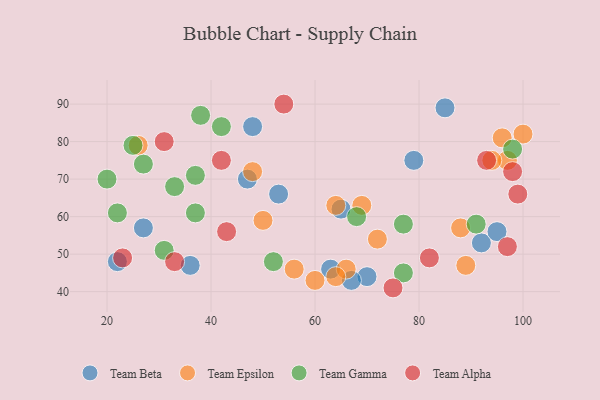
{"axis": {"x": "GDP", "y": "Life Expectancy"}, "legend": ["Team Alpha", "Team Beta", "Team Epsilon", "Team Gamma"], "data": [{"x": "70", "y": 44, "type": "Team Beta"}, {"x": "22", "y": 48, "type": "Team Beta"}, {"x": "92", "y": 53, "type": "Team Beta"}, {"x": "48", "y": 84, "type": "Team Beta"}, {"x": "63", "y": 46, "type": "Team Beta"}, {"x": "53", "y": 66, "type": "Team Beta"}, {"x": "47", "y": 70, "type": "Team Beta"}, {"x": "85", "y": 89, "type": "Team Beta"}, {"x": "27", "y": 57, "type": "Team Beta"}, {"x": "36", "y": 47, "type": "Team Beta"}, {"x": "65", "y": 62, "type": "Team Beta"}, {"x": "67", "y": 43, "type": "Team Beta"}, {"x": "79", "y": 75, "type": "Team Beta"}, {"x": "95", "y": 56, "type": "Team Beta"}, {"x": "26", "y": 79, "type": "Team Epsilon"}, {"x": "60", "y": 43, "type": "Team Epsilon"}, {"x": "64", "y": 63, "type": "Team Epsilon"}, {"x": "100", "y": 82, "type": "Team Epsilon"}, {"x": "88", "y": 57, "type": "Team Epsilon"}, {"x": "50", "y": 59, "type": "Team Epsilon"}, {"x": "97", "y": 75, "type": "Team Epsilon"}, {"x": "66", "y": 46, "type": "Team Epsilon"}, {"x": "94", "y": 75, "type": "Team Epsilon"}, {"x": "64", "y": 44, "type": "Team Epsilon"}, {"x": "72", "y": 54, "type": "Team Epsilon"}, {"x": "69", "y": 63, "type": "Team Epsilon"}, {"x": "89", "y": 47, "type": "Team Epsilon"}, {"x": "56", "y": 46, "type": "Team Epsilon"}, {"x": "96", "y": 81, "type": "Team Epsilon"}, {"x": "48", "y": 72, "type": "Team Epsilon"}, {"x": "37", "y": 61, "type": "Team Gamma"}, {"x": "91", "y": 58, "type": "Team Gamma"}, {"x": "37", "y": 71, "type": "Team Gamma"}, {"x": "31", "y": 51, "type": "Team Gamma"}, {"x": "20", "y": 70, "type": "Team Gamma"}, {"x": "52", "y": 48, "type": "Team Gamma"}, {"x": "68", "y": 60, "type": "Team Gamma"}, {"x": "42", "y": 84, "type": "Team Gamma"}, {"x": "77", "y": 45, "type": "Team Gamma"}, {"x": "77", "y": 58, "type": "Team Gamma"}, {"x": "25", "y": 79, "type": "Team Gamma"}, {"x": "98", "y": 78, "type": "Team Gamma"}, {"x": "27", "y": 74, "type": "Team Gamma"}, {"x": "38", "y": 87, "type": "Team Gamma"}, {"x": "22", "y": 61, "type": "Team Gamma"}, {"x": "33", "y": 68, "type": "Team Gamma"}, {"x": "93", "y": 75, "type": "Team Alpha"}, {"x": "97", "y": 52, "type": "Team Alpha"}, {"x": "42", "y": 75, "type": "Team Alpha"}, {"x": "31", "y": 80, "type": "Team Alpha"}, {"x": "43", "y": 56, "type": "Team Alpha"}, {"x": "98", "y": 72, "type": "Team Alpha"}, {"x": "75", "y": 41, "type": "Team Alpha"}, {"x": "23", "y": 49, "type": "Team Alpha"}, {"x": "99", "y": 66, "type": "Team Alpha"}, {"x": "54", "y": 90, "type": "Team Alpha"}, {"x": "33", "y": 48, "type": "Team Alpha"}, {"x": "82", "y": 49, "type": "Team Alpha"}]}